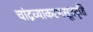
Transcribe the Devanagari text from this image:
चांद्रव्याकरणसूत्रवृत्ति